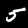
Digit: 5